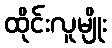
ထိုင်းလူမျိုး